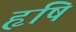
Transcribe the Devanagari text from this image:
हृषि